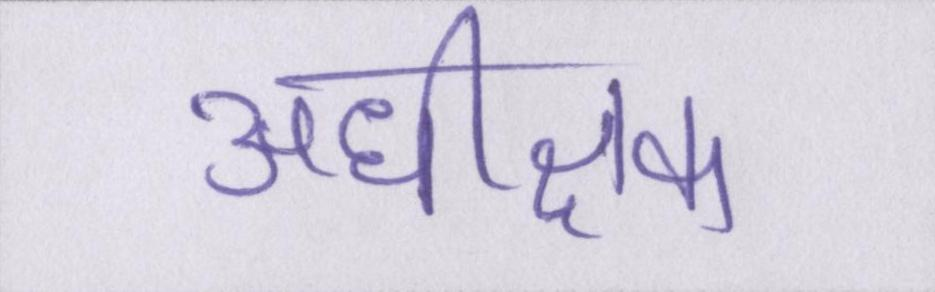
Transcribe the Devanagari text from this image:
अधीक्षक